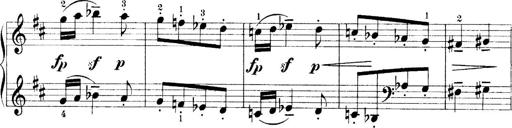
Title: 4 Sonatines
Composer: Max Reger